Indian journal of veterinary science and animal husbandry - Volume 12,
Year: 1942
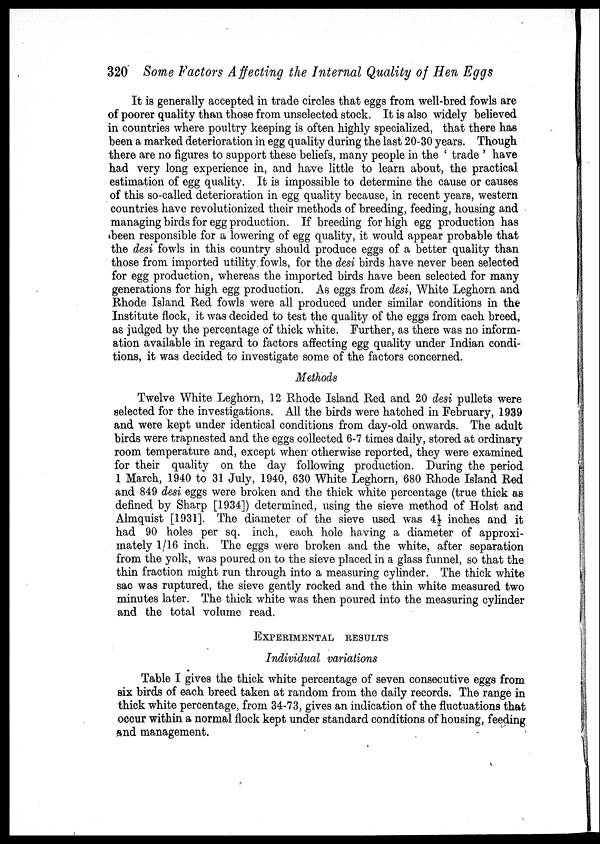
320 Some Factors Affecting the Internal Quality of Hen Eggs
It is generally accepted in trade circles that eggs from well-bred fowls are
of poorer quality than those from unselected stock. It is also widely believed
in countries where poultry keeping is often highly specialized, that there has
been a marked deterioration in egg quality during the last 20-30 years. Though
there are no figures to support these beliefs, many people in the ' trade ' have
had very long experience in, and have little to learn about, the practical
estimation of egg quality. It is impossible to determine the cause or causes
of this so-called deterioration in egg quality because, in recent years, western
countries have revolutionized their methods of breeding, feeding, housing and
managing birds for egg production. If breeding for high egg production has
been responsible for a lowering of egg quality, it would appear probable that
the desi fowls in this country should produce eggs of a better quality than
those from imported utility, fowls, for the desi birds have never been selected
for egg production, whereas the imported birds have been selected for many
generations for high egg production. As eggs from desi, White Leghorn and
Rhode Island Red fowls were all produced under similar conditions in the
Institute flock, it was decided to test the quality of the eggs from each breed,
as judged by the percentage of thick white. Further, as there was no inform-
ation available in regard to factors affecting egg quality under Indian condi-
tions, it was decided to investigate some of the factors concerned.
Methods
Twelve White Leghorn, 12 Rhode Island Red and 20 desi pullets were
selected for the investigations. All the birds were hatched in February, 1939
and were kept under identical conditions from day-old onwards. The adult
birds were trapnested and the eggs collected 6-7 times daily, stored at ordinary
room temperature and, except when otherwise reported, they were examined
for their quality on the day following production. During the period
1 March, 1940 to 31 July, 1940, 630 White Leghorn, 680 Rhode Island Red
and 849 desi eggs were broken and the thick white percentage (true thick as
defined by Sharp [1934]) determined, using the sieve method of Holst and
Almquist [1931]. The diameter of the sieve used was 4½ inches and it
had 90 holes per sq. inch, each hole having a diameter of approxi-
mately 1/16 inch. The eggs were broken and the white, after separation
from the yolk, was poured on to the sieve placed in a glass funnel, so that the
thin fraction might run through into a measuring cylinder. The thick white
sac was ruptured, the sieve gently rocked and the thin white measured two
minutes later. The thick white was then poured into the measuring cylinder
and the total volume read.
EXPERIMENTAL RESULTS
Individual variations
Table I gives the thick white percentage of seven consecutive eggs from
six birds of each breed taken at random from the daily records. The range in
thick white percentage, from 34-73, gives an indication of the fluctuations that
occur within a normal flock kept under standard conditions of housing, feeding
and management.